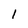
Character: 1